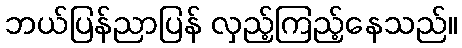
ဘယ်ပြန်ညာပြန် လှည့်ကြည့်နေသည်။